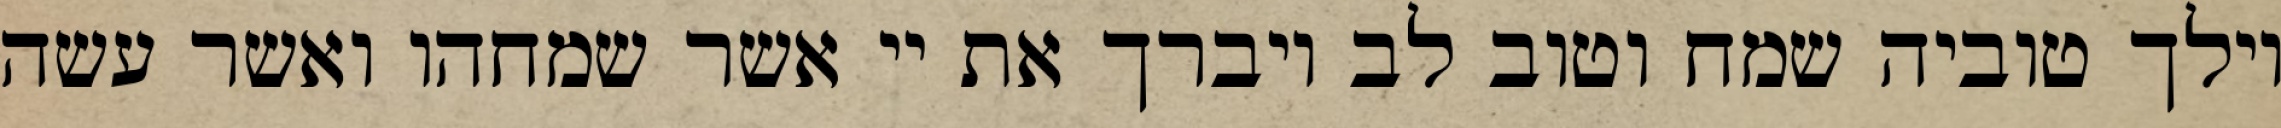
וילך טוביה שמח וטוב לב ויברך את יי אשר שמחהו ואשר עשה